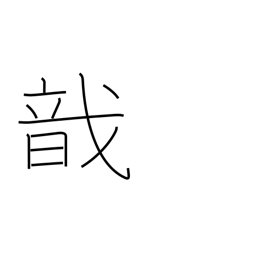
Meaning: to gather